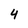
Character: 4